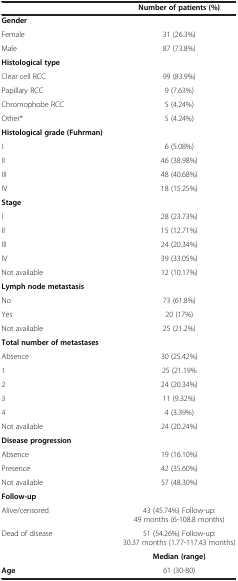
|  | Number of patients (%) |
 | --- | --- |
 | Gender |  |
 | Female | 31 (26.3%) |
 | Male | 87 (73.8%) |
 | Histological type |  |
 | Clear cell RCC | 99 (83.9%) |
 | Papillary RCC | 9 (7.63%) |
 | Chromophobe RCC | 5 (4.24%) |
 | Other* | 5 (4.24%) |
 | Histological grade (Fuhrman) |  |
 | I | 6 (5.08%) |
 | II | 46 (38.98%) |
 | III | 48 (40.68%) |
 | IV | 18 (15.25%) |
 | Stage |  |
 | I | 28 (23.73%) |
 | II | 15 (12.71%) |
 | III | 24 (20.34%) |
 | IV | 39 (33.05%) |
 | Not available | 12 (10.17%) |
 | Lymph node metastasis |  |
 | No | 73 (61.8%) |
 | Yes | 20 (17%) |
 | Not available | 25 (21.2%) |
 | Total number of metastases |  |
 | Absence | 30 (25.42%) |
 | 1 | 25 (21.19% |
 | 2 | 24 (20.34%) |
 | 3 | 11 (9.32%) |
 | 4 | 4 (3.39%) |
 | Not available | 24 (20.24%) |
 | Disease progression |  |
 | Absence | 19 (16.10%) |
 | Presence | 42 (35.60%) |
 | Not available | 57 (48.30%) |
 | Follow-up |  |
 | Alive/censored | 43 (45.74%) Follow-up: 49 months (6-108.8 months) |
 | Dead of disease | 51 (54.26%) Follow-up: 30.37 months (1.77-117.43 months) |
 |  | Median (range) |
 | Age | 61 (30-80) |